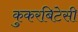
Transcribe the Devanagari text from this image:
कुकरबिटेसी